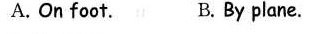
A. On foot. B. By plane.